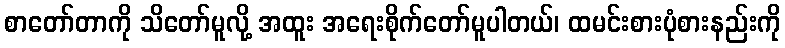
စာတော်တာကို သိတော်မူလို့ အထူး အရေးစိုက်တော်မူပါတယ်၊ ထမင်းစားပုံစားနည်းကို